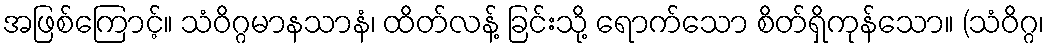
အဖြစ်ကြောင့်။ သံဝိဂ္ဂမာနသာနံ၊ ထိတ်လန့် ခြင်းသို့ ရောက်သော စိတ်ရှိကုန်သော။ (သံဝိဂ္ဂ၊